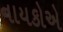
નાયકોએ